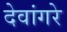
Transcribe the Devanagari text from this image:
देवांगरे